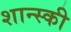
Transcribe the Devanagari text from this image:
शान्स्की